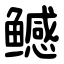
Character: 鳡